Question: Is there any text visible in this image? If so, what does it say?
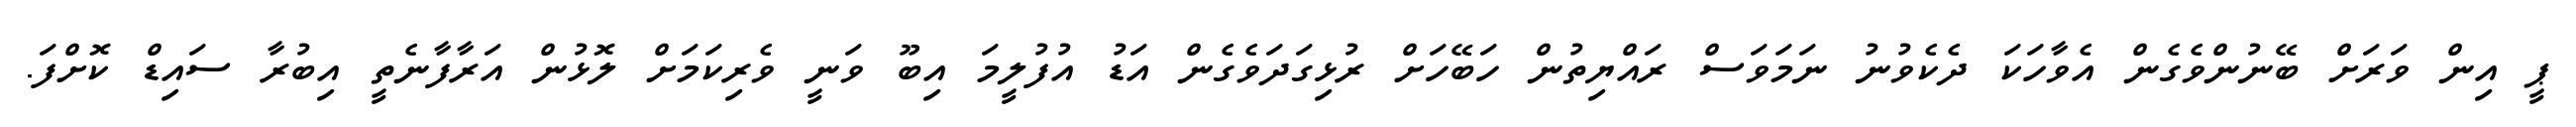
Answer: ޕީ އިން ވަރަށް ބޭނުންވެގެން އެވާހަކަ ދެކެވުނު ނަމަވަސް ރައްޔިތުން ހަބޭހަށް ރުޅިގަދަވެގެން އަޑު އުފުލީމަ އިބޫ ވަނީ ވެރިކަމަށް ލޮޅުން އަރާފާނެތީ އިބުރާ ސައިޑް ކޮށްފަ.